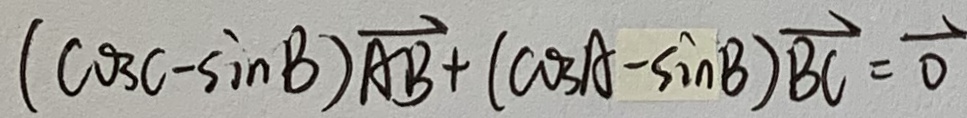
( \cos C - \sin B ) \overrightarrow { A B } + ( \cos A - \sin B ) \overrightarrow { B C } = \overrightarrow { 0 }